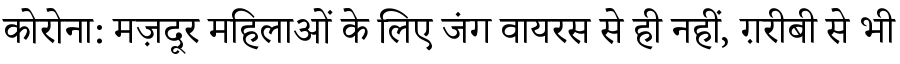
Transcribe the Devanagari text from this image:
कोरोना: मज़दूर महिलाओं के लिए जंग वायरस से ही नहीं, ग़रीबी से भी